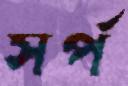
সর্প